Vaccination United Provinces of Agra and Oudh 1902-1913 - 1902-1913
Year: 1902
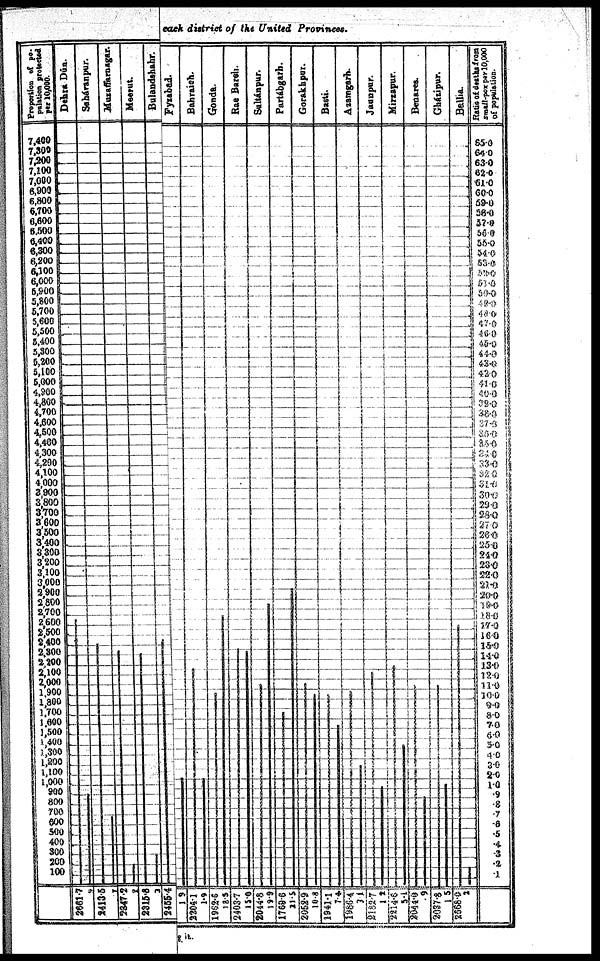
each district of the United Provinces.
*it.